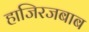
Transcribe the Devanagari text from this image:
हाजिरजबाब